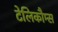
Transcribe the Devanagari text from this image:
टेलिकौम्स